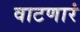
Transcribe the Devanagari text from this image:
वाटणारं